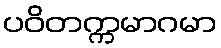
ပဝိတက္ကမာဂမာ